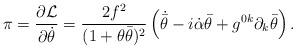
LaTeX: \begin{align*}\pi = \frac{\partial {\cal L}}{\partial \dot{\theta}} = \frac{2 f^2}{(1+\theta\bar{\theta})^2}\left( \dot{\bar{\theta}} - i\dot{\alpha}\bar{\theta}+ g^{0k}\partial_k\bar{\theta} \right).\end{align*}